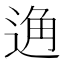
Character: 𨓨